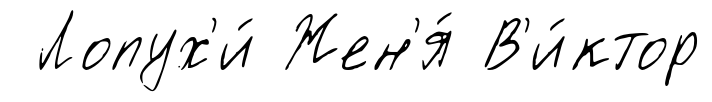
Лопух'и́ Жен'я́ В'и́ктор